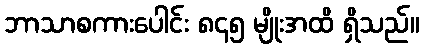
ဘာသာစကားပေါင်း ၈၄၅ မျိုးအထိ ရှိသည်။